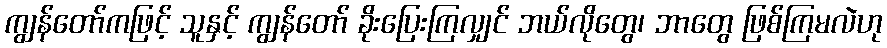
ကျွန်တော်ကဖြင့် သူနှင့် ကျွန်တော် ခိုးပြေးကြလျှင် ဘယ်လိုတွေ၊ ဘာတွေ ဖြစ်ကြမလဲဟု